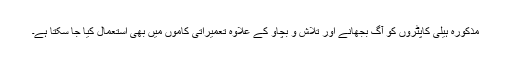
مذکورہ ہیلی کاپٹروں کو آگ بجھانے اور تلاش و بچاو کے علاوہ تعمیراتی کاموں میں بھی استعمال کیا جا سکتا ہے۔